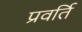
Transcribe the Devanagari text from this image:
प्रवर्ति